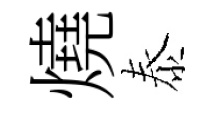
燒泰